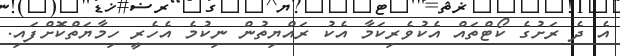
އެ ދެ ރަށުގެ ކޯޓްތައް އެކުވެރިކަމާ އެކު ރައްޔިތުން ނިކުމެ އެހެރީ ހިމާޔަތްކޮށްފައި.